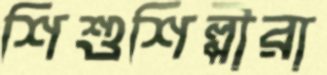
শিশুশিল্পীরা